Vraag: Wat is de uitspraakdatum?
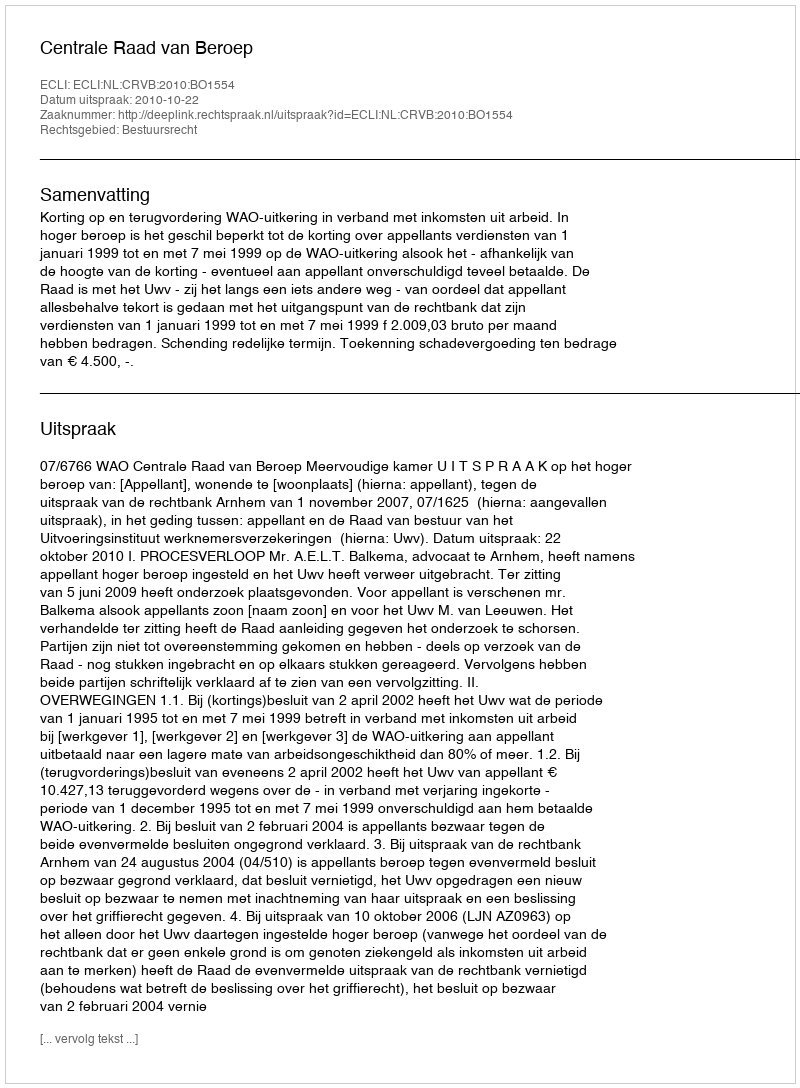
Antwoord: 2010-10-22